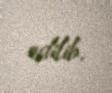
edilib.